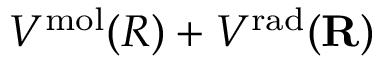
V ^ { \mathrm { m o l } } ( R ) + V ^ { \mathrm { r a d } } ( { \bf R } )